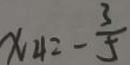
x _ { 4 } = - \frac { 3 } { 5 }